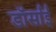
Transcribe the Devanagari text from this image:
डॉर्साई